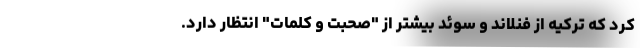
کرد که ترکیه از فنلاند و سوئد بیشتر از "صحبت و کلمات" انتظار دارد.